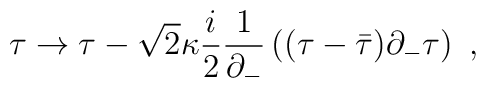
\tau \rightarrow \tau - \sqrt{2} \kappa \frac{i}{2} \frac{1}{\partial_-} \left( (\tau - \bar{\tau}) \partial_- \tau \right) ~,